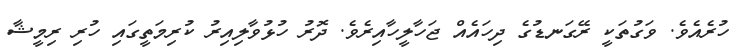
ހުރެއެވެ. ވަގުތަކީ ރޭގަނޑުގެ ދިހައެއް ޖަހާލީހާއިރެވެ. ދޮރު ހުޅުވާލިއިރު ކުރިމަތީގައި ހުރި ރިމީޝާ